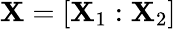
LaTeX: \mathbf{X}=\left[\mathbf{X}_{1}:\mathbf{X}_{2}\right]